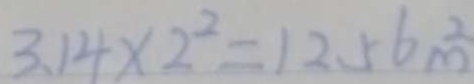
3 . 1 4 \times 2 ^ { 2 } = 1 2 . 5 6 m ^ { 2 }